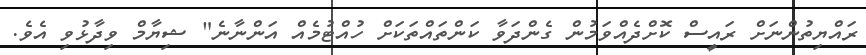
ރައްޔިތުންނަށް ރައީސް ކޮށްދެއްވަމުން ގެންދަވާ ކަންތައްތަކަށް ހުއްޓުމެއް އަންނާނެ" ޝިޔާމް ވިދާޅުވި އެވެ.